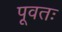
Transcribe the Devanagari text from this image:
पूवतः